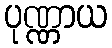
ပုဏ္ဏာယ